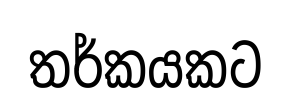
තර්කයකට